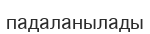
падаланылады